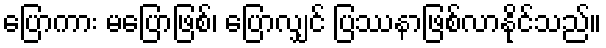
ပြောကား မပြောဖြစ်၊ ပြောလျှင် ပြဿနာဖြစ်လာနိုင်သည်။